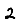
Digit: 2